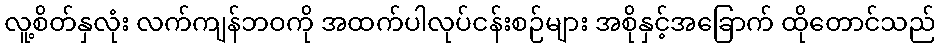
လူ့စိတ်နှလုံး လက်ကျန်ဘဝကို အထက်ပါလုပ်ငန်းစဉ်များ အစိုနှင့်အခြောက် ထိုတောင်သည်